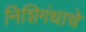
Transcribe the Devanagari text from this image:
निशिगंधाचे